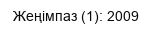
Жеңімпаз (1): 2009